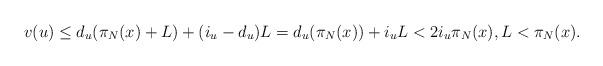
LaTeX: \begin{align*}v(u) \leq d_u(\pi_N(x) + L) + (i_u - d_u) L = d_u(\pi_N(x)) + i_u L < 2i_u \pi_N(x), L < \pi_N(x).\end{align*}